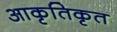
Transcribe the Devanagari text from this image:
आकृतिकृत